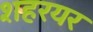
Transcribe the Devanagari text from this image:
शहरयर